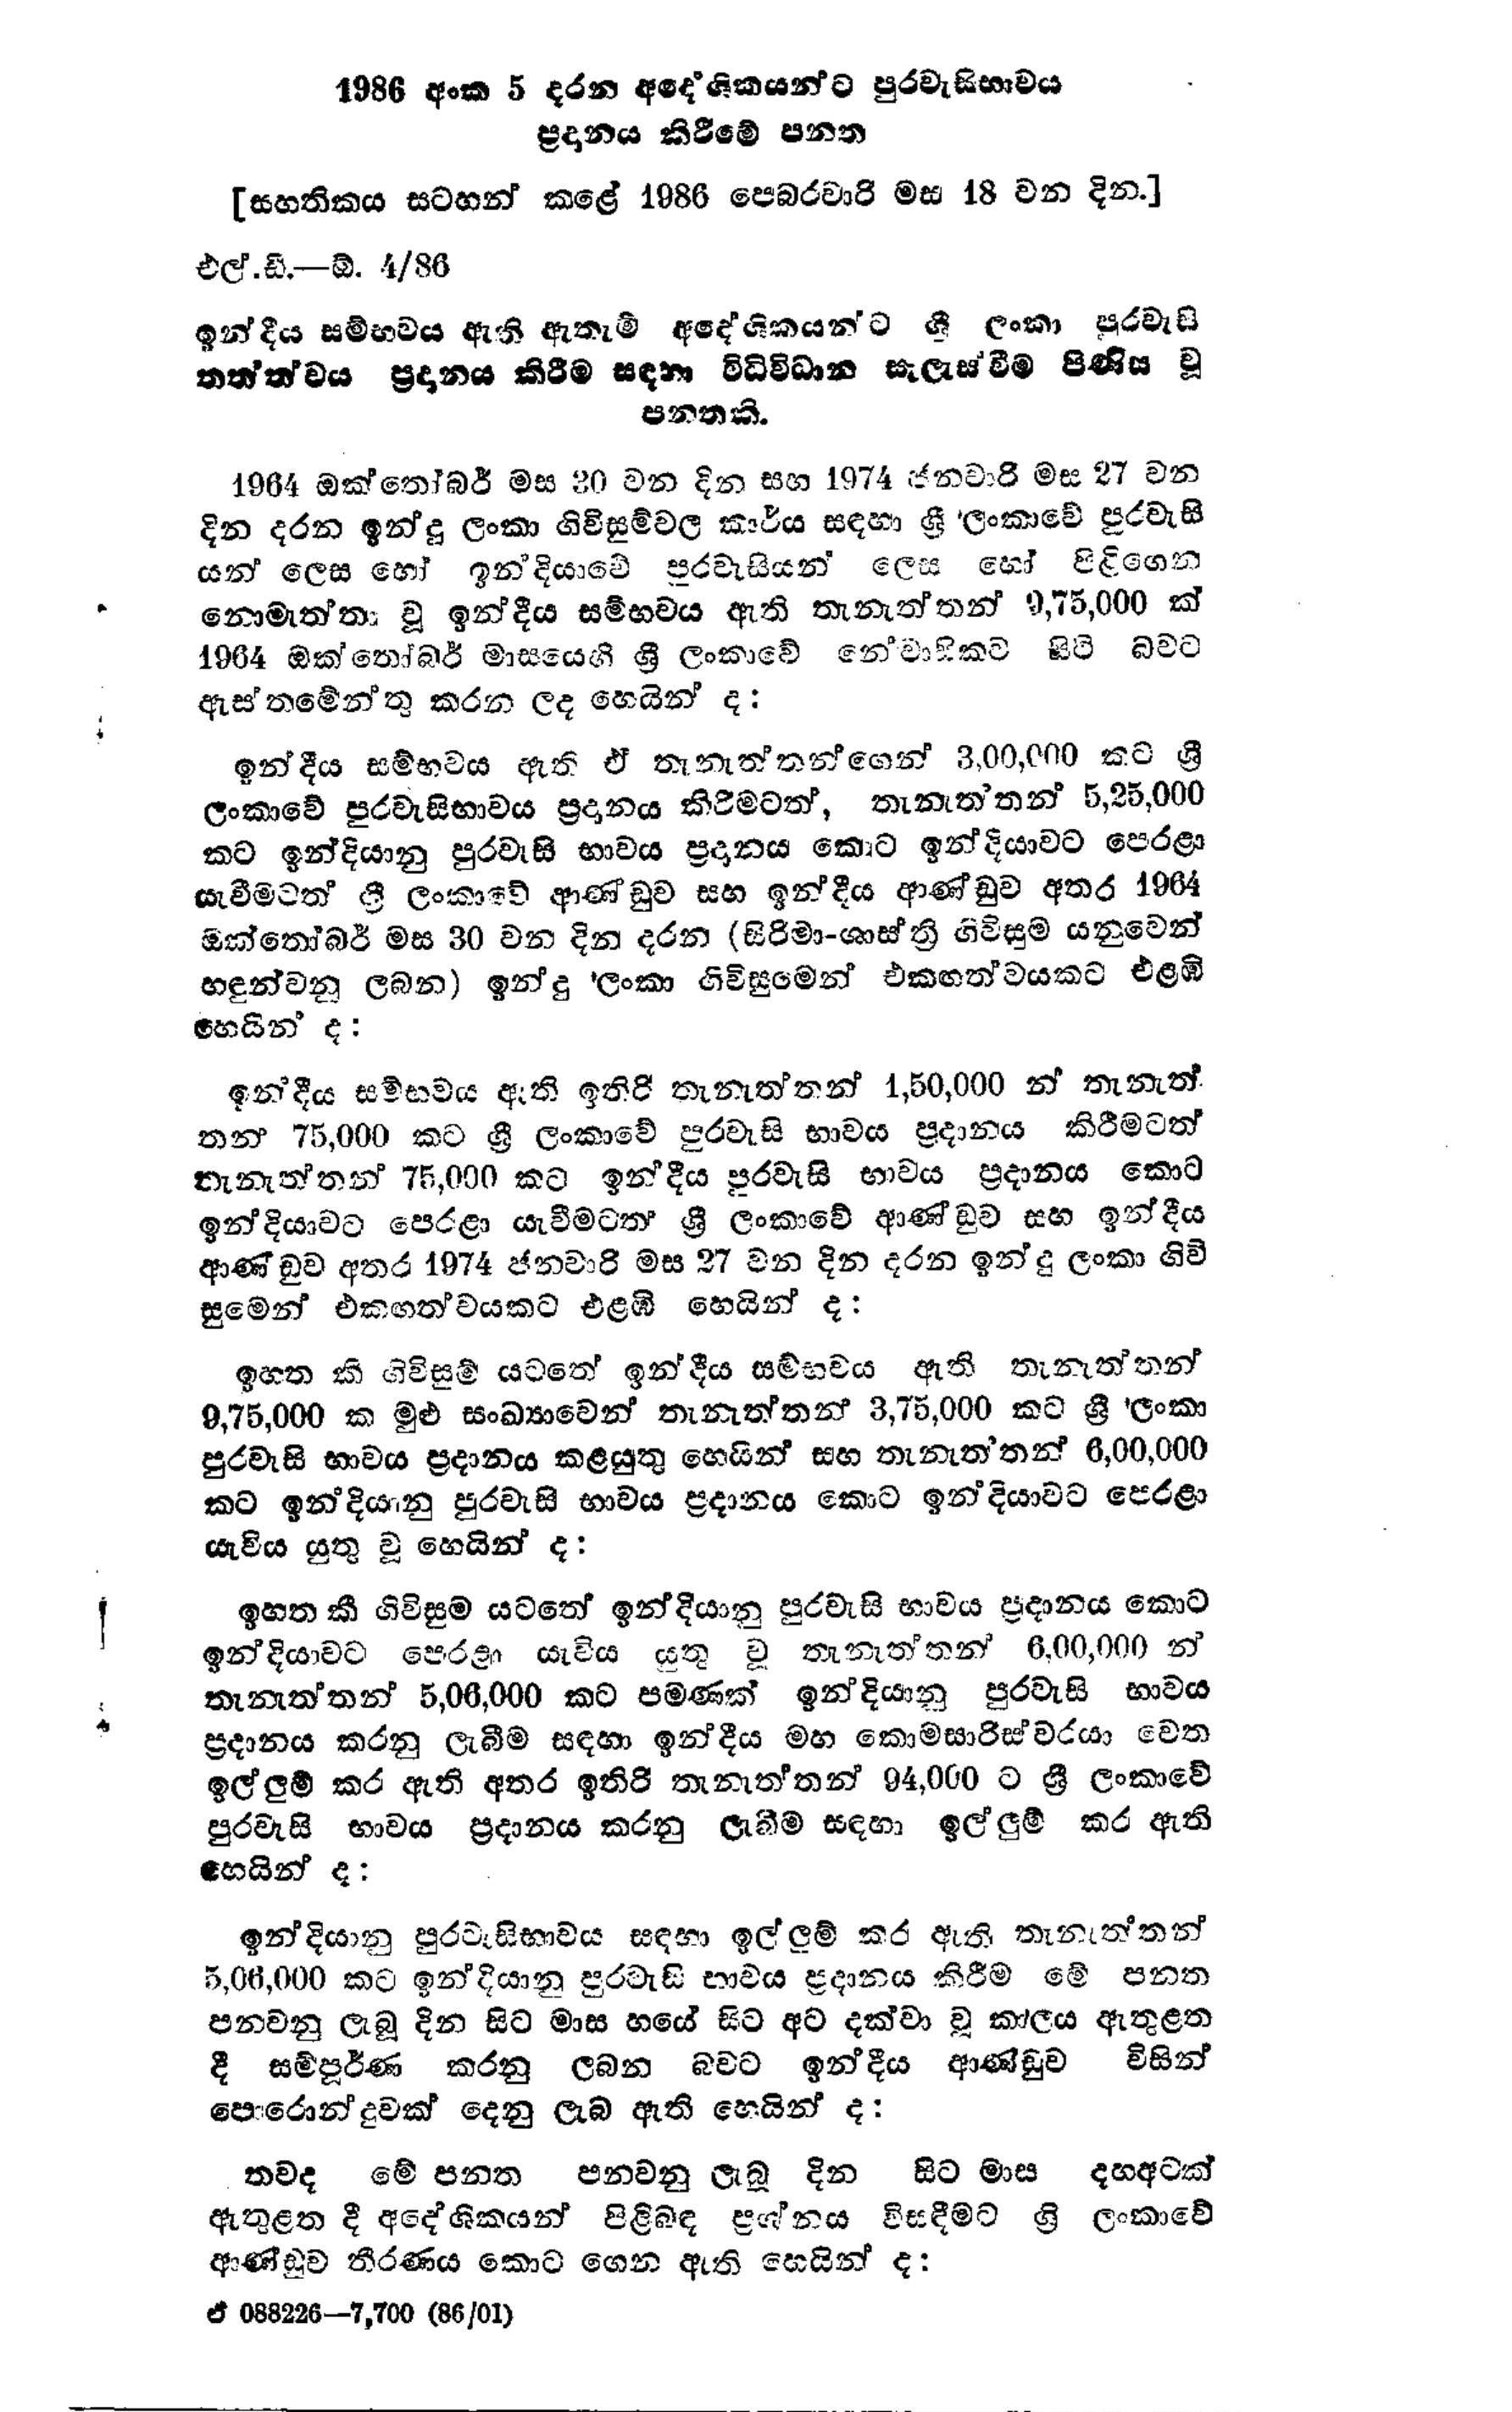
1986 අංක 5 දරන අදේශිකයන්ට පුරවැසිභාවය
ප්‍රදානය කිරීමේ පනත

[සහතිකය සටහන් කළේ 1986 පෙබරවාරි මස 18 වන දින.]

එල්.ඩී - ඕ. 4/86

ඉන්දීය සම්භවය ඇති ඇතැම් අදේශිකයන්ට ශ්‍රී ලංකා පුරවැසි
තත්ත්වය ප්‍රදානය කිරීම සඳහා විධිවිධාන සැලැස්වීම පිණිස වූ
පනතකි.

1964 ඔක්තෝබර් මස 30 වන දින සහ 1974 ජනවාරි මස 27 වන
දින දරන ඉන්දු ලංකා ගිවිසුම්වල කාර්ය සඳහා ශ්‍රී ලංකාවේ පුරවැසි
යන් ලෙස හෝ ඉන්දියාවේ පුරවැසියන් ලෙස හෝ පිළිගෙන
නොමැත්තා වූ ඉන්දීය සම්භවය ඇති තැනැත්තන් 9,75,000 ක්
1964 ඔක්තෝබර් මාසයෙහි ශ්‍රී ලංකාවේ නේවාසිකව සිටි බවට
ඇස්තමේන්තු කරන ලද හෙයින් ද:

ඉන්දීය සම්භවය ඇති ඒ තැනැත්තන්ගෙන් 3,00,000 කට ශ්‍රී
ලංකාවේ පුරවැසිභාවය ප්‍රදානය කිරීමටත්, තැනැත්තන් 5,25,000
කට ඉන්දියානු පුරවැසි භාවය ප්‍රදානය කොට ඉන්දියාවට පෙරළා
යැවීමටත් ශ්‍රී ලංකාවේ ආණ්ඩුව සහ ඉන්දීය ආණ්ඩුව අතර 1964
ඔක්තෝබර් මස 30 වන දින දරන (සිරිමා - ශාස්ත්‍රී ගිවිසුම යනුවෙන්
හඳුන්වනු ලබන) ඉන්දු ලංකා ගිවිසුමෙන් එකඟත්වයකට එළඹි
හෙයින් ද:

ඉන්දීය සම්භවය ඇති ඉතිරි තැනැත්තන් 1,50,000 න් තැනැත්
තන 75,000 කට ශ්‍රී ලංකාවේ පුරවැසි භාවය ප්‍රදානය කිරීමටත්
තැනැත්තන් 75,000 කට ඉන්දීය පුරවැසි භාවය ප්‍රදානය කොට
ඉන්දියාවට පෙරළා යැවීමටත් ශ්‍රී ලංකාවේ ආණ්ඩුව සහ ඉන්දීය
ආණ්ඩුව අතර 1974 ජනවාරි මස 27 වන දින දරන ඉන්දු ලංකා ගිවි
සුමෙන් එකඟත්වයකට එළඹී හෙයින්ද:

ඉහත කී ගිවිසුම් යටතේ ඉන්දීය සම්භවය ඇති තැනැත්තන්
9,75,000 ක මුළු සංඛ්‍යාවෙන් තැනැත්තන් 3,75,000 කට ශ්‍රී ලංකා
පුරවැසි භාවය ප්‍රදානය කළ යුතු හෙයින් සහ තැනැත‍්තන් 6,00,000
කට ඉන්දියානු පුරවැසි භාවය ප්‍රදානය කොට ඉන්දියාවට පෙරළා
යැවිය යුතු වූ හෙයින් ද :

ඉහත කී ගිවිසුම යටතේ ඉන්දියානු පුරවැසි භාවය ප්‍රදානය කොට
ඉන්දියාවට පෙරළා යැවිය යුතු වූ තැනැත්තන් 6,00,000 න්
තැනැත්තන් 5,06,000 කට පමණක් ඉන්දියානු පුරවැසි භාවය
ප්‍රදානය කරනු ලැබීම සඳහා ඉන්දීය මහ කොමසාරිස්වරයා වෙත
ඉල්ලුම් කර ඇති අතර ඉතිරි තැනැත්තන් 94,000 ට ශ්‍රී ලංකාවේ
පුරවැසි භාවය ප්‍රදානය කරනු ලැබීම සඳහා ඉල්ලුම් කර ඇති
හෙයින් ද:

ඉන්දියානු පුරවැසිභාවය සඳහා ඉල්ලුම් කර ඇති තැනැත්තන්
5,06,000 කට ඉන්දියානු පුරවැසි භාවය ප්‍රදානය කිරීම මේ පනත
පනවනු ලැබූ දින සිට මාස හයේ සිට අට දක්වා වූ කාලය ඇතුළත
දී සම්පූර්ණ කරනු ලබන බවට ඉන්දීය ආණ්ඩුව විසින්
පොරොන්දුවක් දෙනු ලැබ ඇති හෙයින් ද:

තවද මේ පනත පනවනු ලැබූ දින සිට මාස දහඅටක්
ඇතුළත දී අදේශීකයන් පිළිබඳ ප්‍රශ්නය විසඳීමට ශ්‍රී ලංකාවේ
ආණ්ඩුව තීරණය කොට ගෙන ඇති හෙයින් ද:

ඒ 088226-7,700 (86/01)